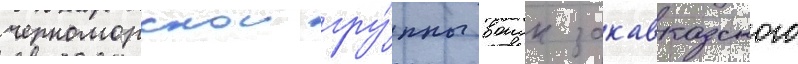
черноморскои гру́ппы воиск закавказского